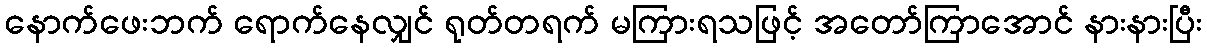
နောက်ဖေးဘက် ရောက်နေလျှင် ရုတ်တရက် မကြားရသဖြင့် အတော်ကြာအောင် နားနားပြီး